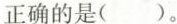
正确的是()。